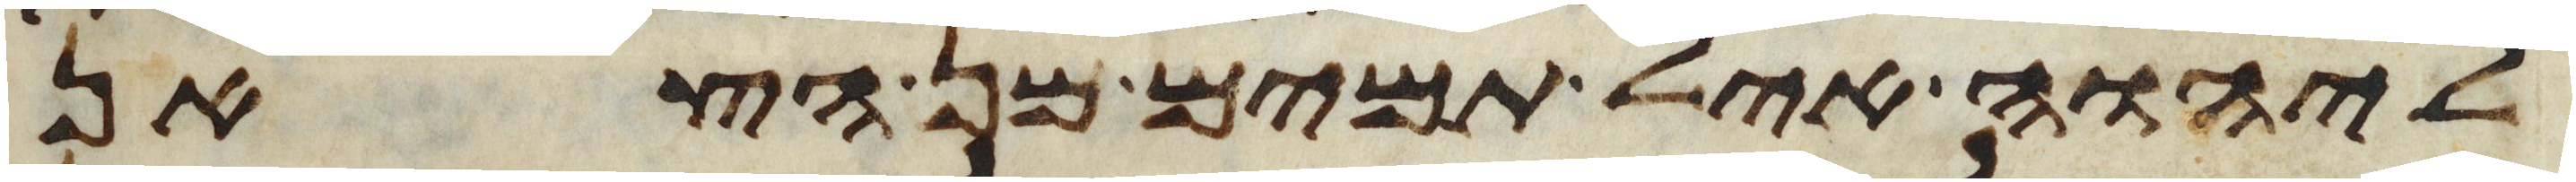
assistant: ליהוה איל תמים מן הצאן